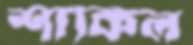
শাকিল